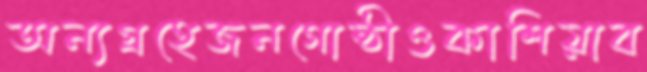
অন্যগ্রহেজনগোষ্ঠীওকাশিয়াব